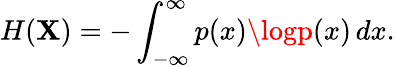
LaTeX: H(\mathbf{X})=-\int_{-\infty}^{\infty}p(x)\logp(x)\, dx.